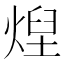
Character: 㷐